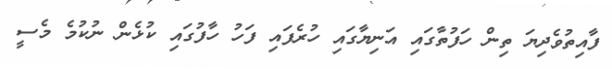
ފާއިތުވެދިޔަ ތިން ހަފުތާގައި އަނިޔާގައި ހުރެފައި ފަހު ހާފުގައި ކުޅެން ނުކުމެ މެސީ